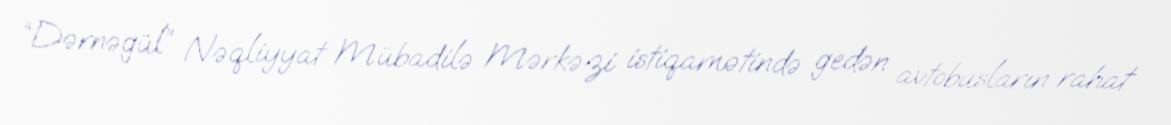
“Dərnəgül” Nəqliyyat Mübadilə Mərkəzi istiqamətində gedən avtobusların rahat